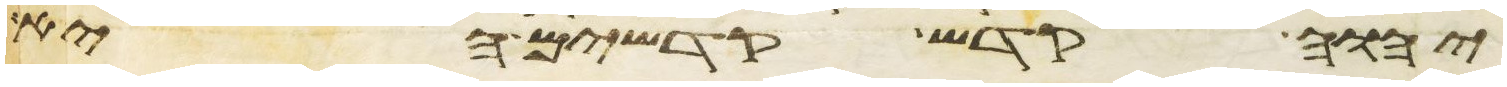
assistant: יהוה קדש קדשים היא